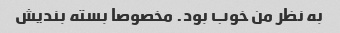
به نظر من خوب بود. مخصوصا بسته بندیش